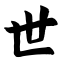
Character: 世